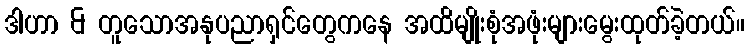
ဒါဟာ & တူသောအနုပညာရှင်တွေကနေ အထိမျိုးစုံအဖုံးများမွေးထုတ်ခဲ့တယ်။